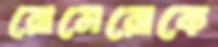
রোমেরোকে